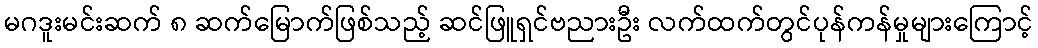
မဂဒူးမင်းဆက် ၈ ဆက်မြောက်ဖြစ်သည့် ဆင်ဖြူရှင်ဗညားဦး လက်ထက်တွင်ပုန်ကန်မှုများကြောင့်